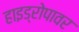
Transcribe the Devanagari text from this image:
हाइड्रोपावर